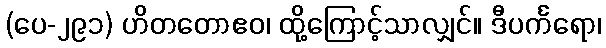
(ပေ-၂၉၁) ဟိတတောဧဝ၊ ထို့ကြောင့်သာလျှင်။ ဒီပင်္ကရော၊